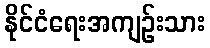
နိုင်ငံရေးအကျဉ်းသား